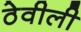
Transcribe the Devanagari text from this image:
ठेवीली